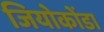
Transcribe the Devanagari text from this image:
जियोकोंडा